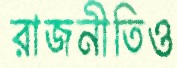
রাজনীতিও